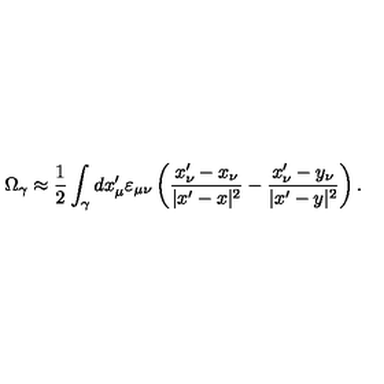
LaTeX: \Omega _ { \gamma } \approx \frac { 1 } { 2 } \int _ { \gamma } d x _ { \mu } ^ { \prime } \varepsilon _ { \mu \nu } \left( \frac { x _ { \nu } ^ { \prime } - x _ { \nu } } { | x ^ { \prime } - x | ^ { 2 } } - \frac { x _ { \nu } ^ { \prime } - y _ { \nu } } { | x ^ { \prime } - y | ^ { 2 } } \right) .